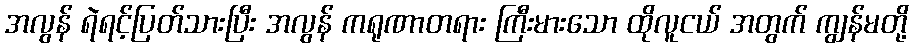
အလွန် ရဲရင့်ပြတ်သားပြီး အလွန် ကရုဏာတရား ကြီးမားသော ထိုလူငယ် အတွက် ကျွန်မတို့